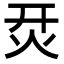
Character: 烎